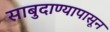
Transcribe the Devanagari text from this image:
साबुदाण्यापासून